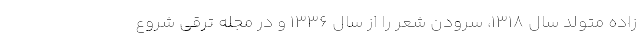
زاده متولد سال ۱۳۱۸، سرودن شعر را از سال ۱۳۳۶ و در مجله ترقی شروع